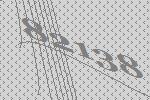
82138